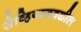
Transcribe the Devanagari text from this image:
सेव्हियाजवळील